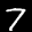
Label: 7